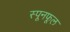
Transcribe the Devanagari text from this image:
स्पूनफूल